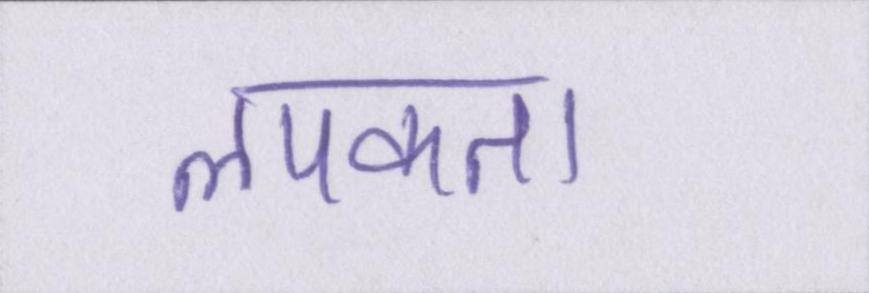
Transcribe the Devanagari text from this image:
लपकता